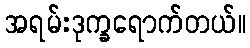
အရမ်းဒုက္ခရောက်တယ်။